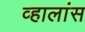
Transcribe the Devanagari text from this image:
व्हालांस